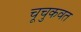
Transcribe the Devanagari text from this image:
चूचुकवत